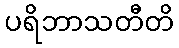
ပရိဘာသတီတိ